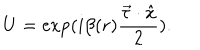
U = \exp ( i \beta ( r ) \frac { \vec { \tau } \cdot \hat { x } } { 2 } ) .